65_HS1-834228961_62-HQ-83894_Section_8
Agency: FBI
Page 208
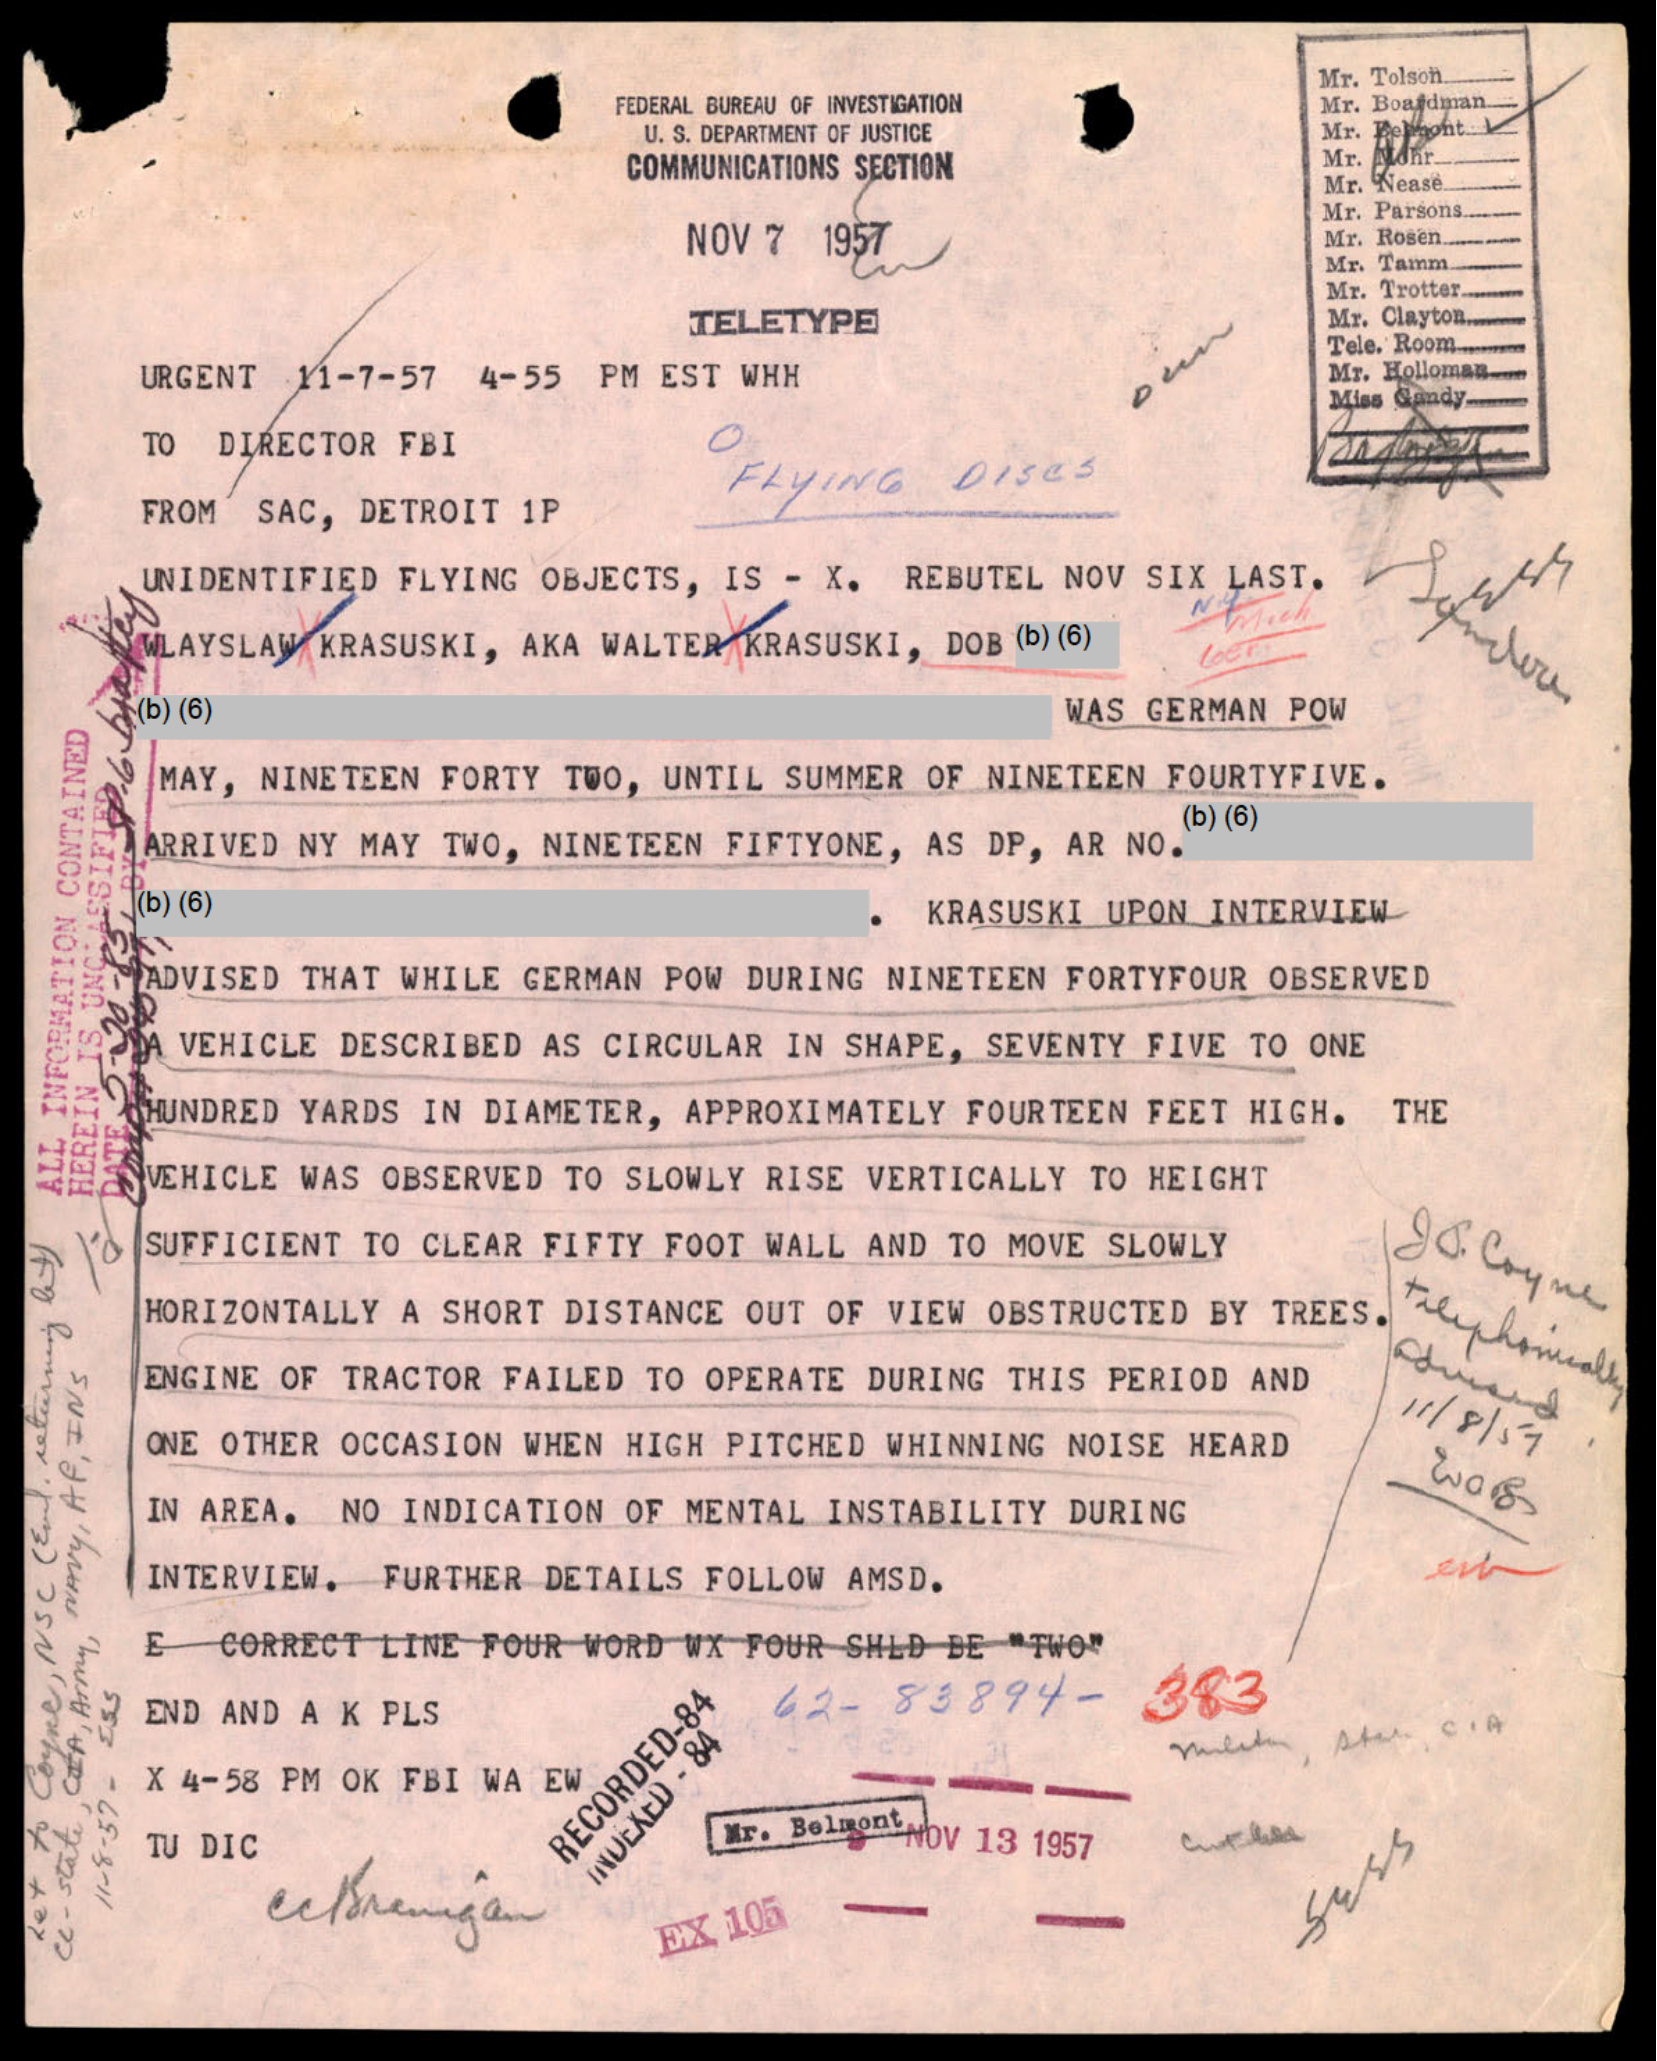